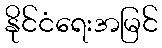
နိုင်ငံရေးအမြင်